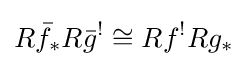
R{\bar {f}}_{*}R{\bar {g}}^{!}\cong Rf^{!}Rg_{*}